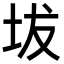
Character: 坺